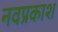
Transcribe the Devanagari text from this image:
नवप्रकाश